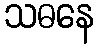
သဓနေ